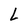
Character: L